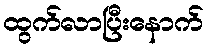
ထွက်လာပြီးနောက်